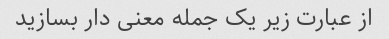
از عبارت زیر یک جمله معنی دار بسازید